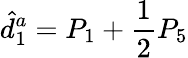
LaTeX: \hat{d}_{1}^{a}=P_{1}+\frac{1}{2}P_{5}